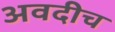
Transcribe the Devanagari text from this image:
अवदीच